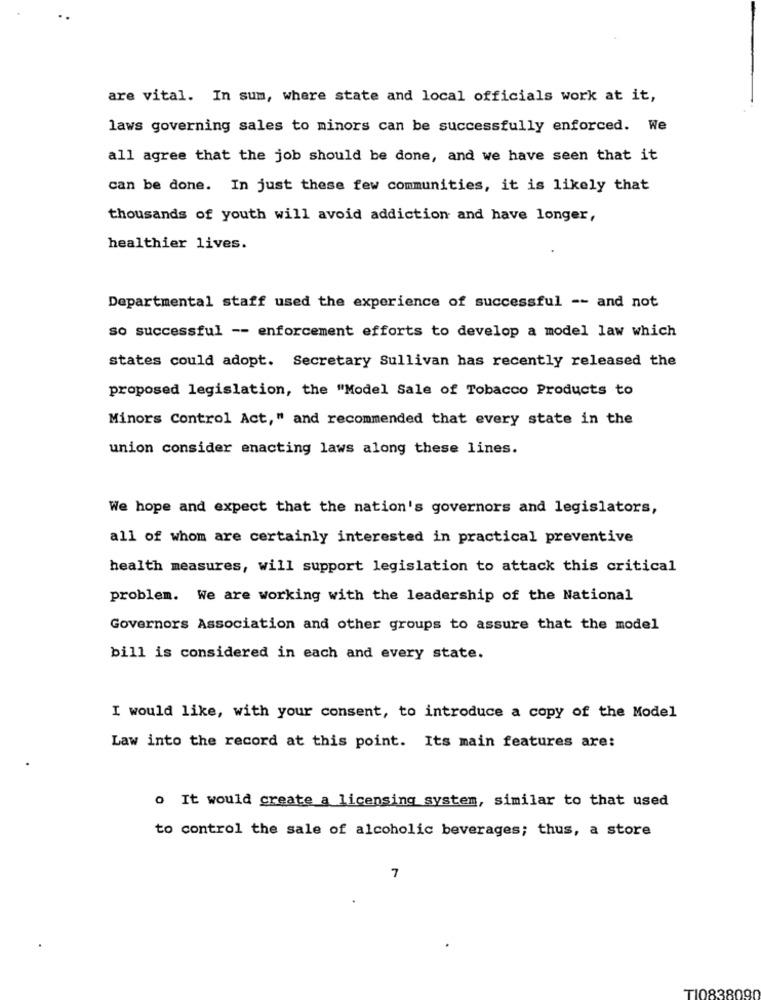
are vital. In sum, where state and local officials work at it,
laws governing sales to minors can be successfully enforced. We
all agree that the job should be done, and we have seen that it
can be done. In just these few communities, it is likely that
thousands of youth will avoid addiction and have longer,
healthier lives.
Departmental staff used the experience of successful -- and not
so successful -- enforcement efforts to develop a model law which
states could adopt. Secretary Sullivan has recently released the
proposed legislation, the "Model Sale of Tobacco Products to
Minors Control Act," and recommended that every state in the
union consider enacting laws along these lines.
We hope and expect that the nation's governors and legislators,
all of whom are certainly interested in practical preventive
health measures, will support legislation to attack this critical
problem. We are working with the leadership of the National
Governors Association and other groups to assure that the model
bill is considered in each and every state.
I would like, with your consent, to introduce a copy of the Model
Law into the record at this point. Its main features are:
o It would create a licensing system, similar to that used
to control the sale of alcoholic beverages; thus, a store
7
TI0838090